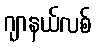
ဂျာနယ်လစ်